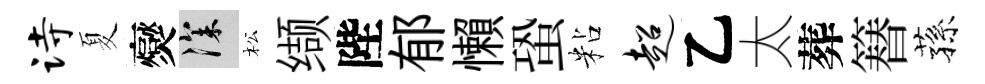
诗夏爕深松缬陛郁懶蛩粘超乙太葬簮蓀